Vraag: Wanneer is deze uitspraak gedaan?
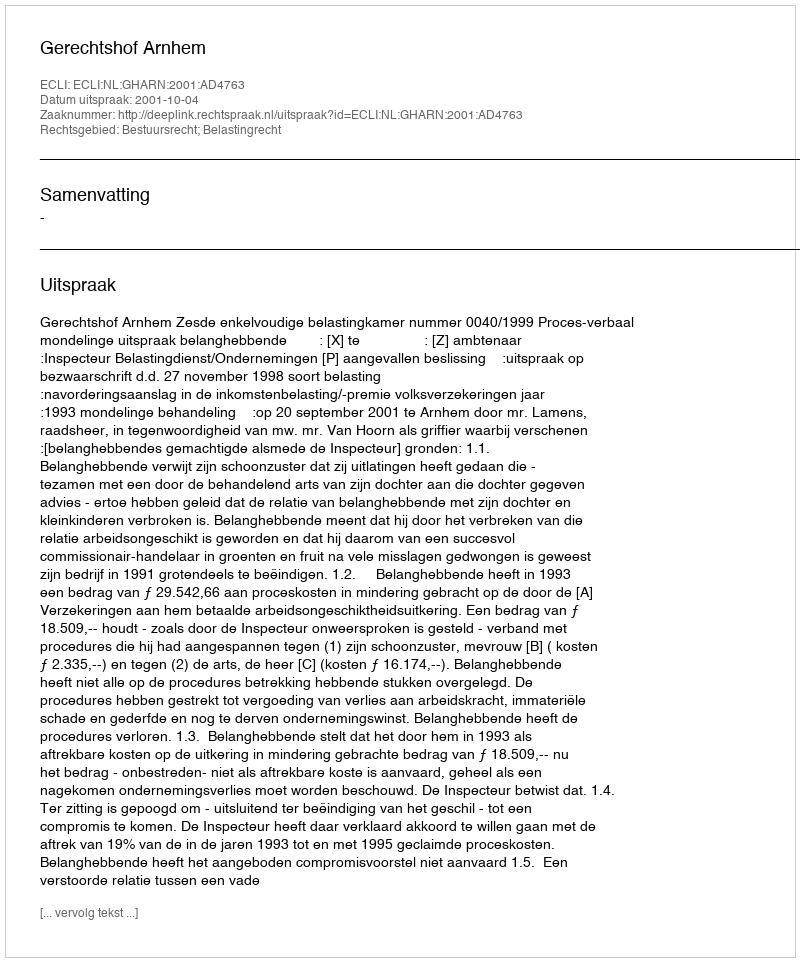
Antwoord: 2001-10-04